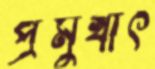
প্রমুখাৎ